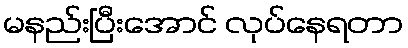
မနည်းပြီးအောင် လုပ်နေရတာ